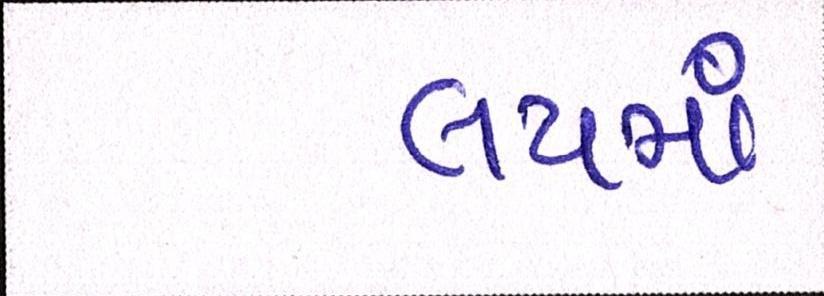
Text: લયમાં